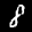
Label: 8